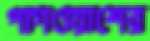
পাগওয়াশের